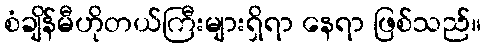
စံချိန်မီဟိုတယ်ကြီးများရှိရာ နေရာ ဖြစ်သည်။